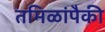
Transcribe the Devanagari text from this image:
तमिळांपैकी